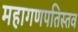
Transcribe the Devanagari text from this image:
महागणपतिस्तव